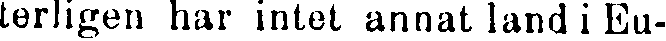
terligen har intet annat land i Eu-